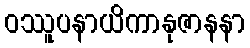
ဝဿူပနာယိကာနုဇာနနာ